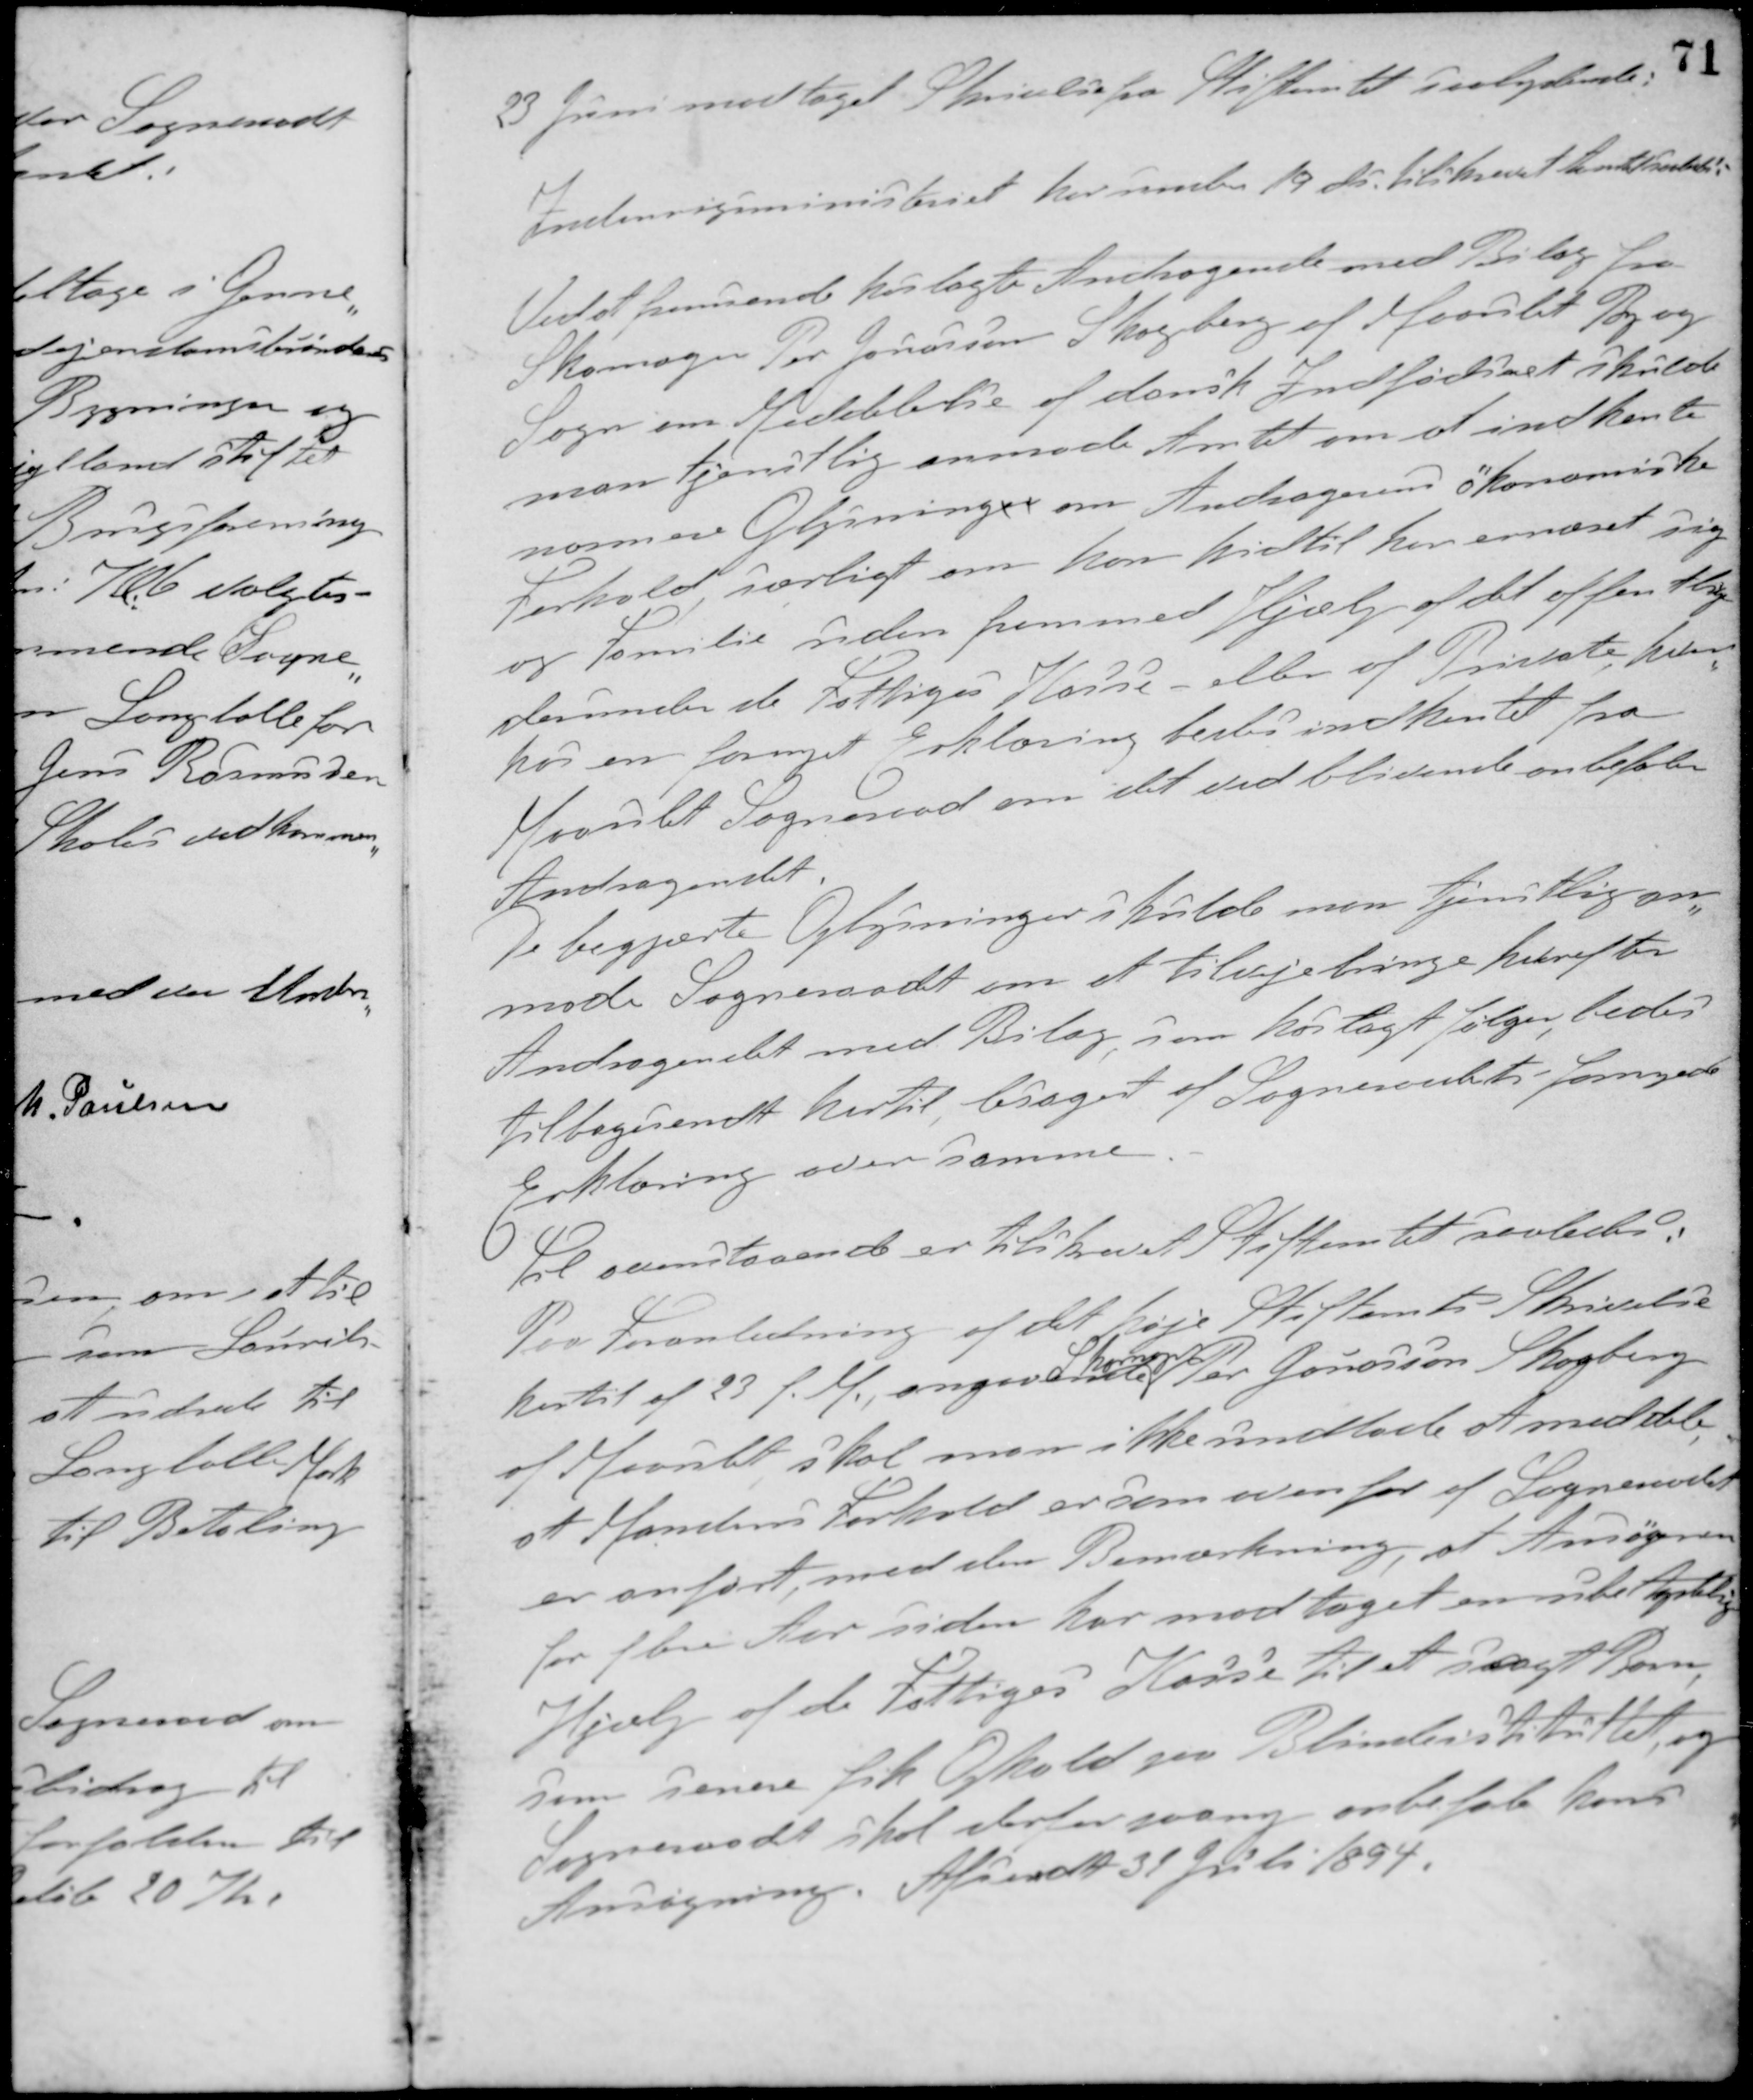
Transskription:
23 Juni modtaget Skrivelse fra Stiftamtet saalydende:
Indenrigsministeriet har under 19 ds. tilskrevet Amtskontoret:
Ved at fremsende hoslagte Andragende med Bilag fra
Skomager Per Jonasson Skogberg af Maarslet By og
Sogn om Meddelelse af dansk Indfødsret skulde
man tjenstlig anmode Amtet om at indhente
nærmere Oplysninger om Andragerens økonomiske
Forhold, særligt om han hidtil har ernæret sig
og Familie uden fremmed Hjælp af det offentlige
derunder de Fattiges Kasse - eller af Private, hvor-
hos en fornyet Erklæring bedes indhentet fra
Maarslet Sogneraad om det vedblivende anbefaler
Andragendet.
De begjærte Oplysninger skulde man tjenstlig an-
mode Sogneraadet om at tilvejebringe herefter.
Andragendet med Bilag, som hoslagt følger, bedes
tilbagesendt hertil lesaget af Sogneraadets fornyede
Erklæring over samme.
Til ovenstaaende er tilskrevet Stiftamtet saaledes:
Paa Foranledning af det høje Stiftamts Skrivelse
hertil af 23 f. M., angaaende
Skomager
Per Jonasson Skogberg
af Maarslet, skal man ikke undlade at meddele
at Mandens Forhold er som ovenfor af Sogneraadet
er anført med den Bemærkning af Ansøgeren
for flere aar siden har modtaget en maanedlig
Hjælp af de Fattiges Kasse til et sygt Barn,
som senere fik Ophold paa Blindes Instituttet og
Sogneraadet skal derfor paany anbefale hans
Ansøgning. Afsendt 31 Juli 1894.